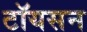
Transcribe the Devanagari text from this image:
टॉयसन